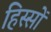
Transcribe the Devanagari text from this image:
हिस्‍सों